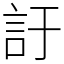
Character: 訏